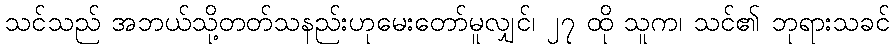
သင်သည် အဘယ်သို့တတ်သနည်းဟုမေးတော်မူလျှင်၊ ၂၇ ထို သူက၊ သင်၏ ဘုရားသခင်